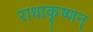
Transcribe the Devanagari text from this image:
राधाकृष्णन्‌